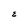
Character: E